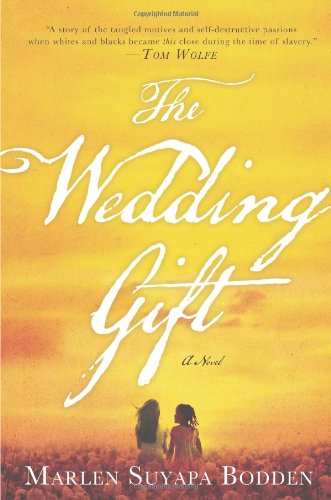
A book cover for The Wedding Gift; Marlen Suyapa Bodden; Literature & Fiction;